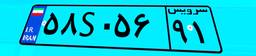
۳۴S۷۶۹۱۹